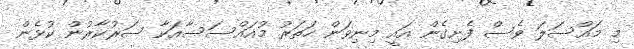
މި މައްސަލަ ވެސް ފެށިގެން އައީ މިނިވަން ހަތަރު މުއައްސަސާއަކާ ސަރުކާރުން ކުޅެން